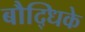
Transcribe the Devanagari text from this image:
बौद्धिके